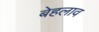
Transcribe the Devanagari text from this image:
बेहलाव